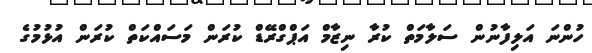
ހުންނަ އަލިފާނުން ސަލާމަތް ކުރާ ނިޒާމް އަޕްގްރޭޑް ކުރަން މަސައްކަތް ކުރަން އުޅުމުގެ